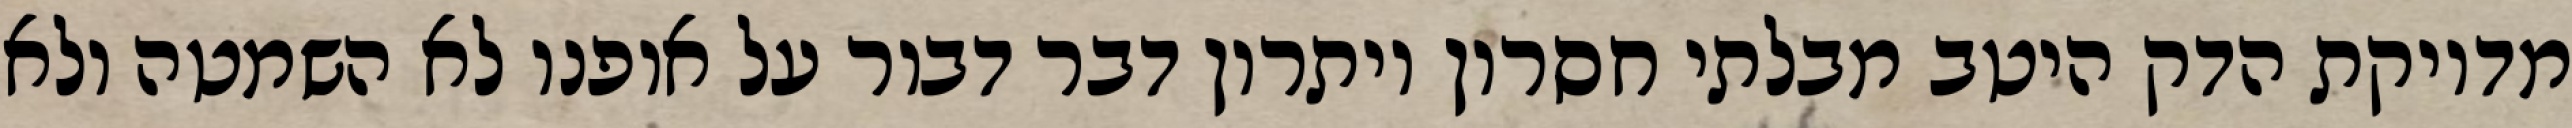
מדויקת הדק היטב מבלתי חסרון ויתרון דבר דבור על אופנו לא השמטה ולא